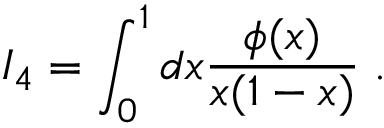
I _ { 4 } = \int _ { 0 } ^ { 1 } d x \frac { \phi ( x ) } { x ( 1 - x ) } \; .